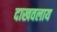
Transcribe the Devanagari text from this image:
दाखवलाय